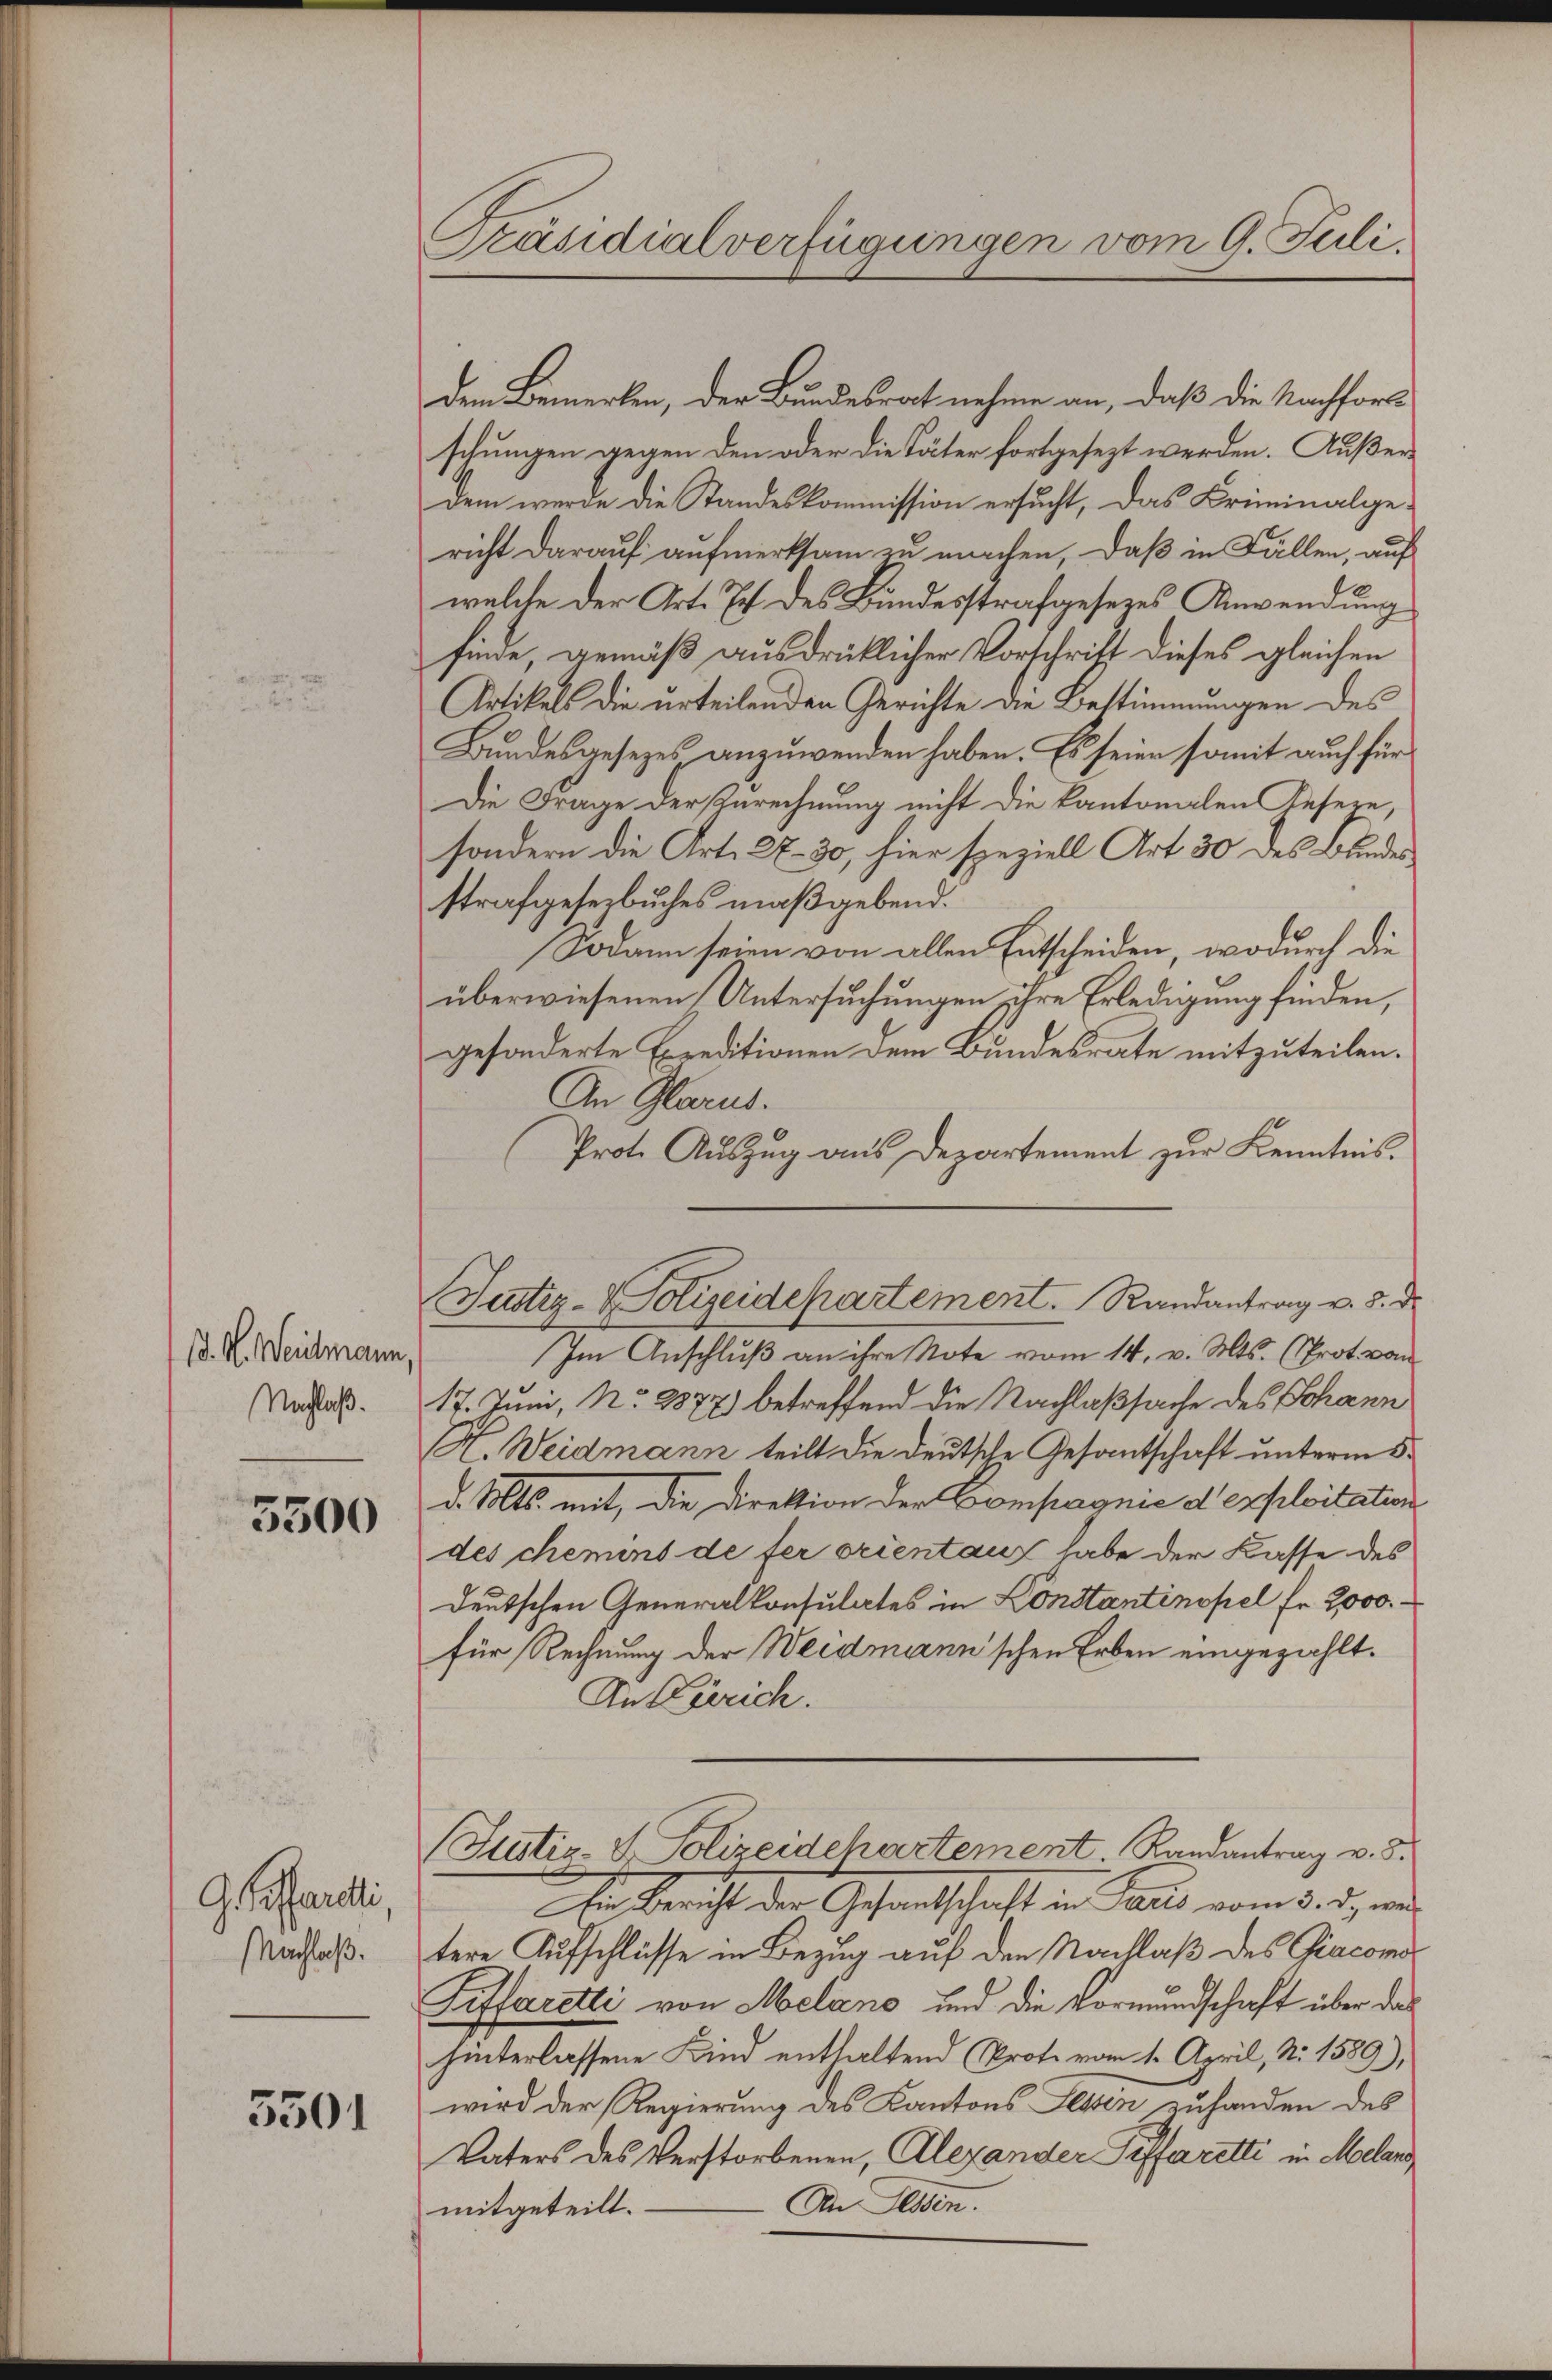
d. H. Weidmann
Nachlaß.

5300

G. offardi,
Nachlaß.

3501

Präsidialverfügungen vom 9. Juli.

dem Bemerken, der Bundesrat nehme an, daß die Nachfors
schungen gegen den oder die Täter fortgesezt werden. Außerdem wurde die Standeskommission ersucht, das Criminalgericht darauf aufmerksam zu machen, daß in Fällen, auf
welche der Art. Ich des Bundesstrafgesezes Anwendung
finde, gemäß ausdrüklicher Vorschrift dieses gleichen
Artikels die urteilenden Gerichte an Bestimmungen des
Bundesgesezes anzuwenden haben. Es seien somit auch für
Die Frage der Anrechnung nicht die kantonalen Gesere,
sondern die Art. 27. 30, hier speziell Art 30 des Bundes
strafgesezbuches maßgebend.
Sodann seien von allen Entscheiden, wodurch die
überwiesenen Untersuchungen ihre Erledigung finden,
gesonderte Exreditionen dem Bundesrate mitzuteilen.
An Glarus.
Prot. Auszug aus Departement zur Kenntnis.
Justiz- & Polizeidepartement. Randantrag v. 5. d.
Im Anschluß an ihre Note vom 14. v. Mts. (Prot. von
17. Juni, No. 2877) betreffend die Nachlaßsache des Johann
H. Weidmann teilt die deutsche Gesantschaft unterm 5.
d. Mts. mit, die Direktion der Compagnie d exploitation
des chemins de fer orientanz habe der Kasse des
deutschen Generalkonsulates in Konstantinopel Fr. 2000.
für Rechnung der Weidmann’schen Erben eingezahlt.
An Zürich.
(Statir- & Polizeidchartement. Randantrag v. 3.
Ein Bericht der Gesantschaft in Paris vom 3. d. wertere Aufschlüsse in Bezug auf den Nachlaß des Giacona
Siffaretti von Melano und die Vormundschaft über das
hinterlassene Kind enthaltend (Prote vom 1. April, Nr. 1589),
wird der Regierung des Kantons Lessen zuhanden des
Vaters des Verstorbenen, Alexander Pifferetti in Melang
An dessen.
mitgeteilt.